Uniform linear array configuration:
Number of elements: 8
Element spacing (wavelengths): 0.25
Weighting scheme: cosine
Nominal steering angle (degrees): -60
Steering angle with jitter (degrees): -60.502
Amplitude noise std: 0.05
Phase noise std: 0.05

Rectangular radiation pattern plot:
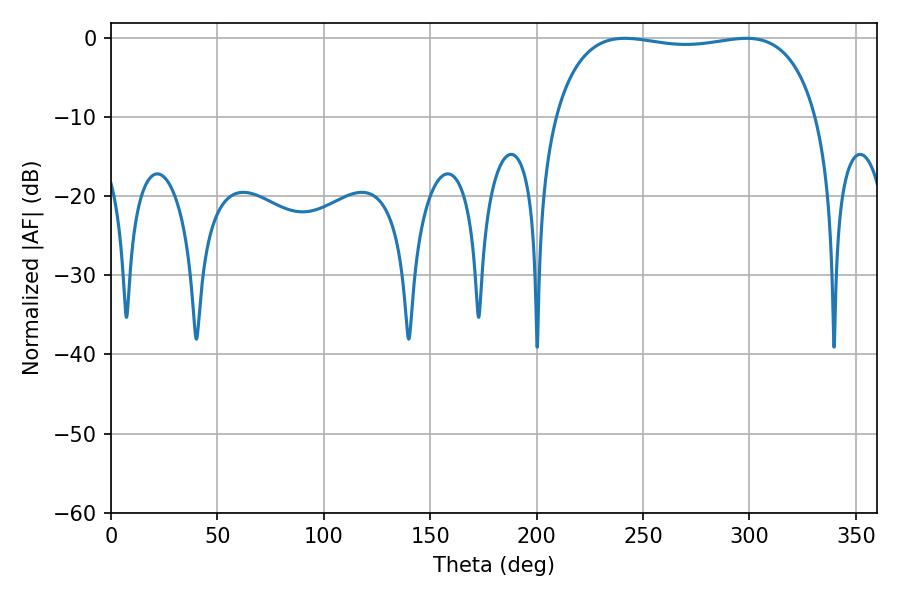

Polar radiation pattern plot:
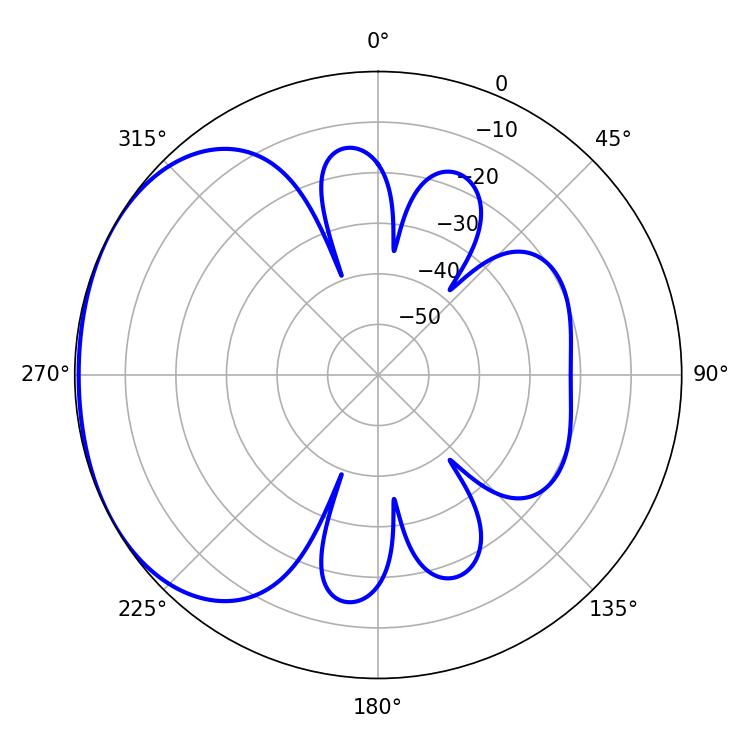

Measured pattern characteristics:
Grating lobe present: FALSE
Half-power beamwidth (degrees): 99.36
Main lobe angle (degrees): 241.38